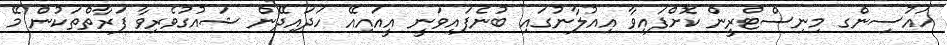
ހައުސިންގ މިނިސްޓްރީން ކޮށްފައިވާ އިއުލާނުގައި ބުނެފައިވަނީ އީއައިއޭ ހަދައިދޭން ޝައުގުވެރިވާ ފަރާތްތަކުން މޭ